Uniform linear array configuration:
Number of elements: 24
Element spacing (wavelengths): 0.25
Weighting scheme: exponential
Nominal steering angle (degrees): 0
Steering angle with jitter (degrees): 1.355
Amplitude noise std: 0.05
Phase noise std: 0.05

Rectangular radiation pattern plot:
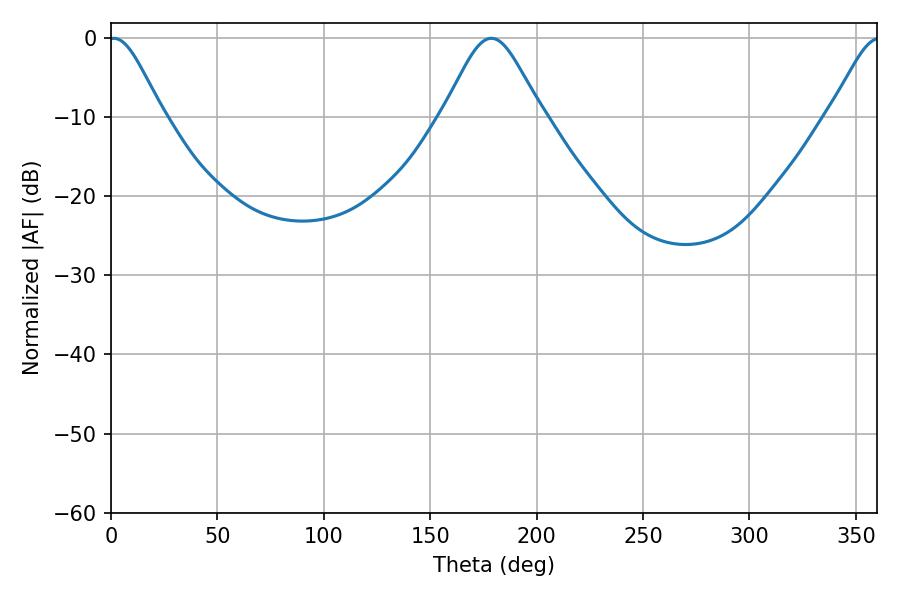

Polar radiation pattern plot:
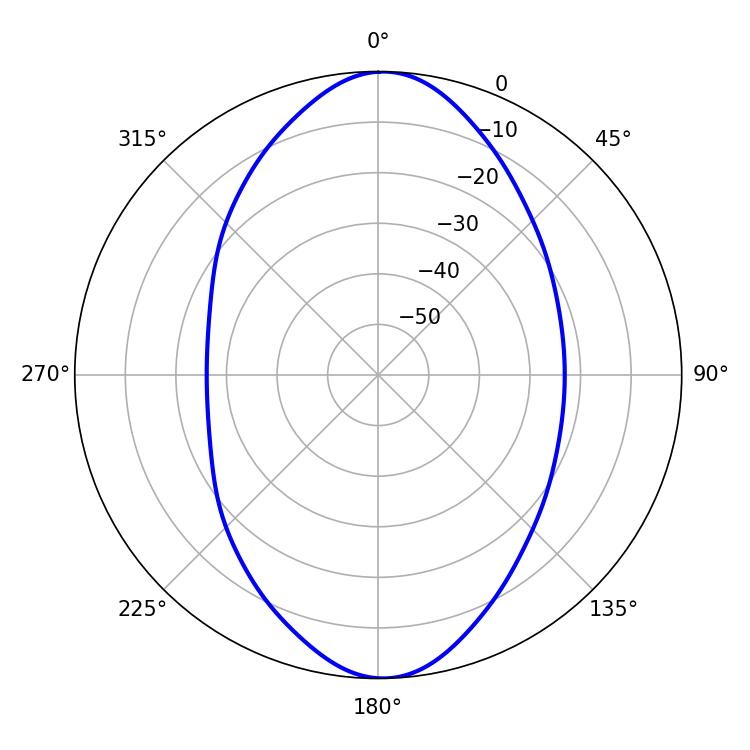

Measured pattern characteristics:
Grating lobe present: FALSE
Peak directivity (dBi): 20.379
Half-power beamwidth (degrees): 12.6
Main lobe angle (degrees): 1.26